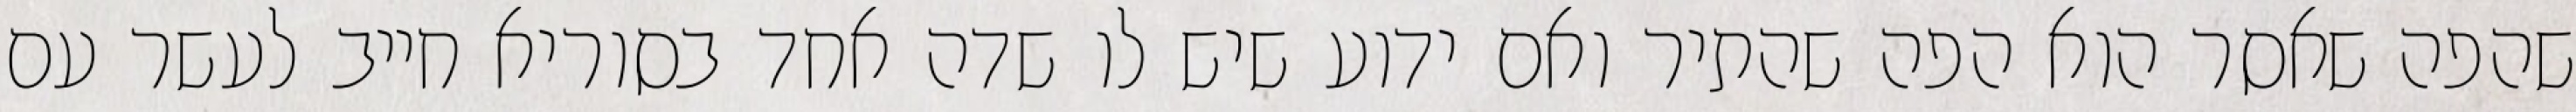
שהפה שאסר הוא הפה שהתיר ואם ידוע שיש לו שדה אחד בסוריא חייב לעשר עם